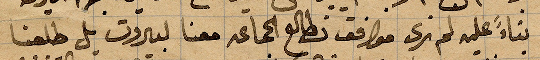
بناءً عليه لم نرى مواقف تطالع الجماعة معنا لبيروت بل طلعنا